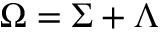
\Omega = \Sigma + \Lambda